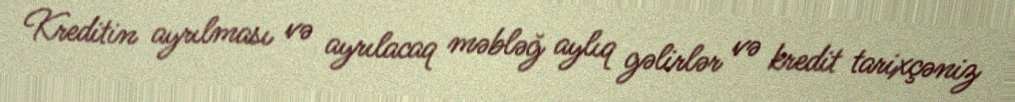
Kreditin ayrılması və ayrılacaq məbləğ aylıq gəlirlər və kredit tarixçəniz